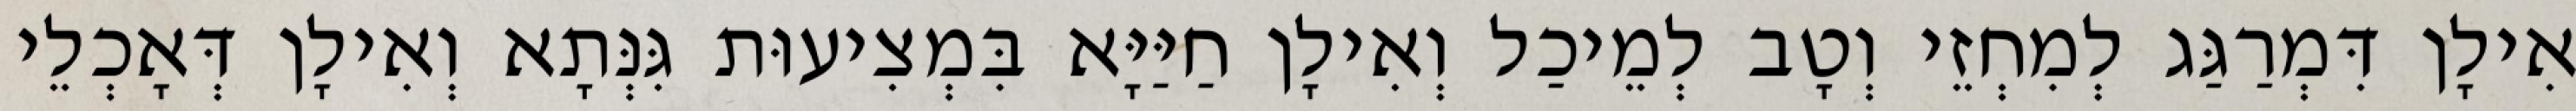
אִילָן דִּמְרַגַּג לְמִחְזֵי וְטָב לְמֵיכַל וְאִילָן חַיַּיָּא בִּמְצִיעוּת גִּנְּתָא וְאִילָן דְּאָכְלֵי